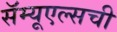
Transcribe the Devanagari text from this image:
सॅम्यूएल्सची